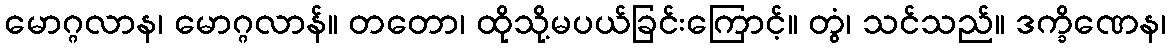
မောဂ္ဂလာန၊ မောဂ္ဂလာန်။ တတော၊ ထိုသို့မပယ်ခြင်းကြောင့်။ တွံ၊ သင်သည်။ ဒက္ခိဏေန၊